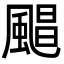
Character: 𮨮